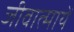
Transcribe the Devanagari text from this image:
जीवात्मायें